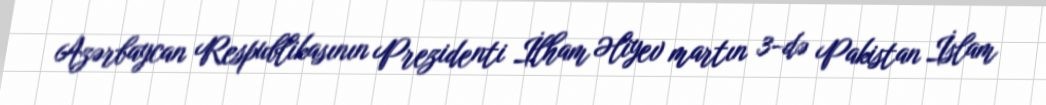
Azərbaycan Respublikasının Prezidenti İlham Əliyev martın 3-də Pakistan İslam